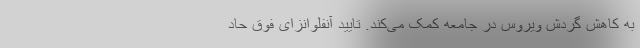
به کاهش گردش ویروس در جامعه کمک می‌کند. تایید آنفلوانزای فوق حاد